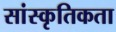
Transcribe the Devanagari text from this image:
सांस्कृतिकता